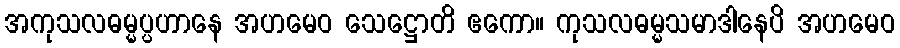
အကုသလဓမ္မပ္ပဟာနေ အဟမေဝ သေဋ္ဌောတိ ဧကော။ ကုသလဓမ္မသမာဒါနေပိ အဟမေဝ